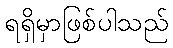
ရရှိမှာဖြစ်ပါသည်